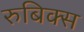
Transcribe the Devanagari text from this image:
रुबिक्स